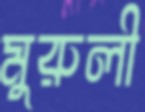
মুরুলী